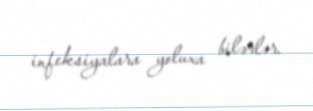
infeksiyalara yoluxa bilərlər.